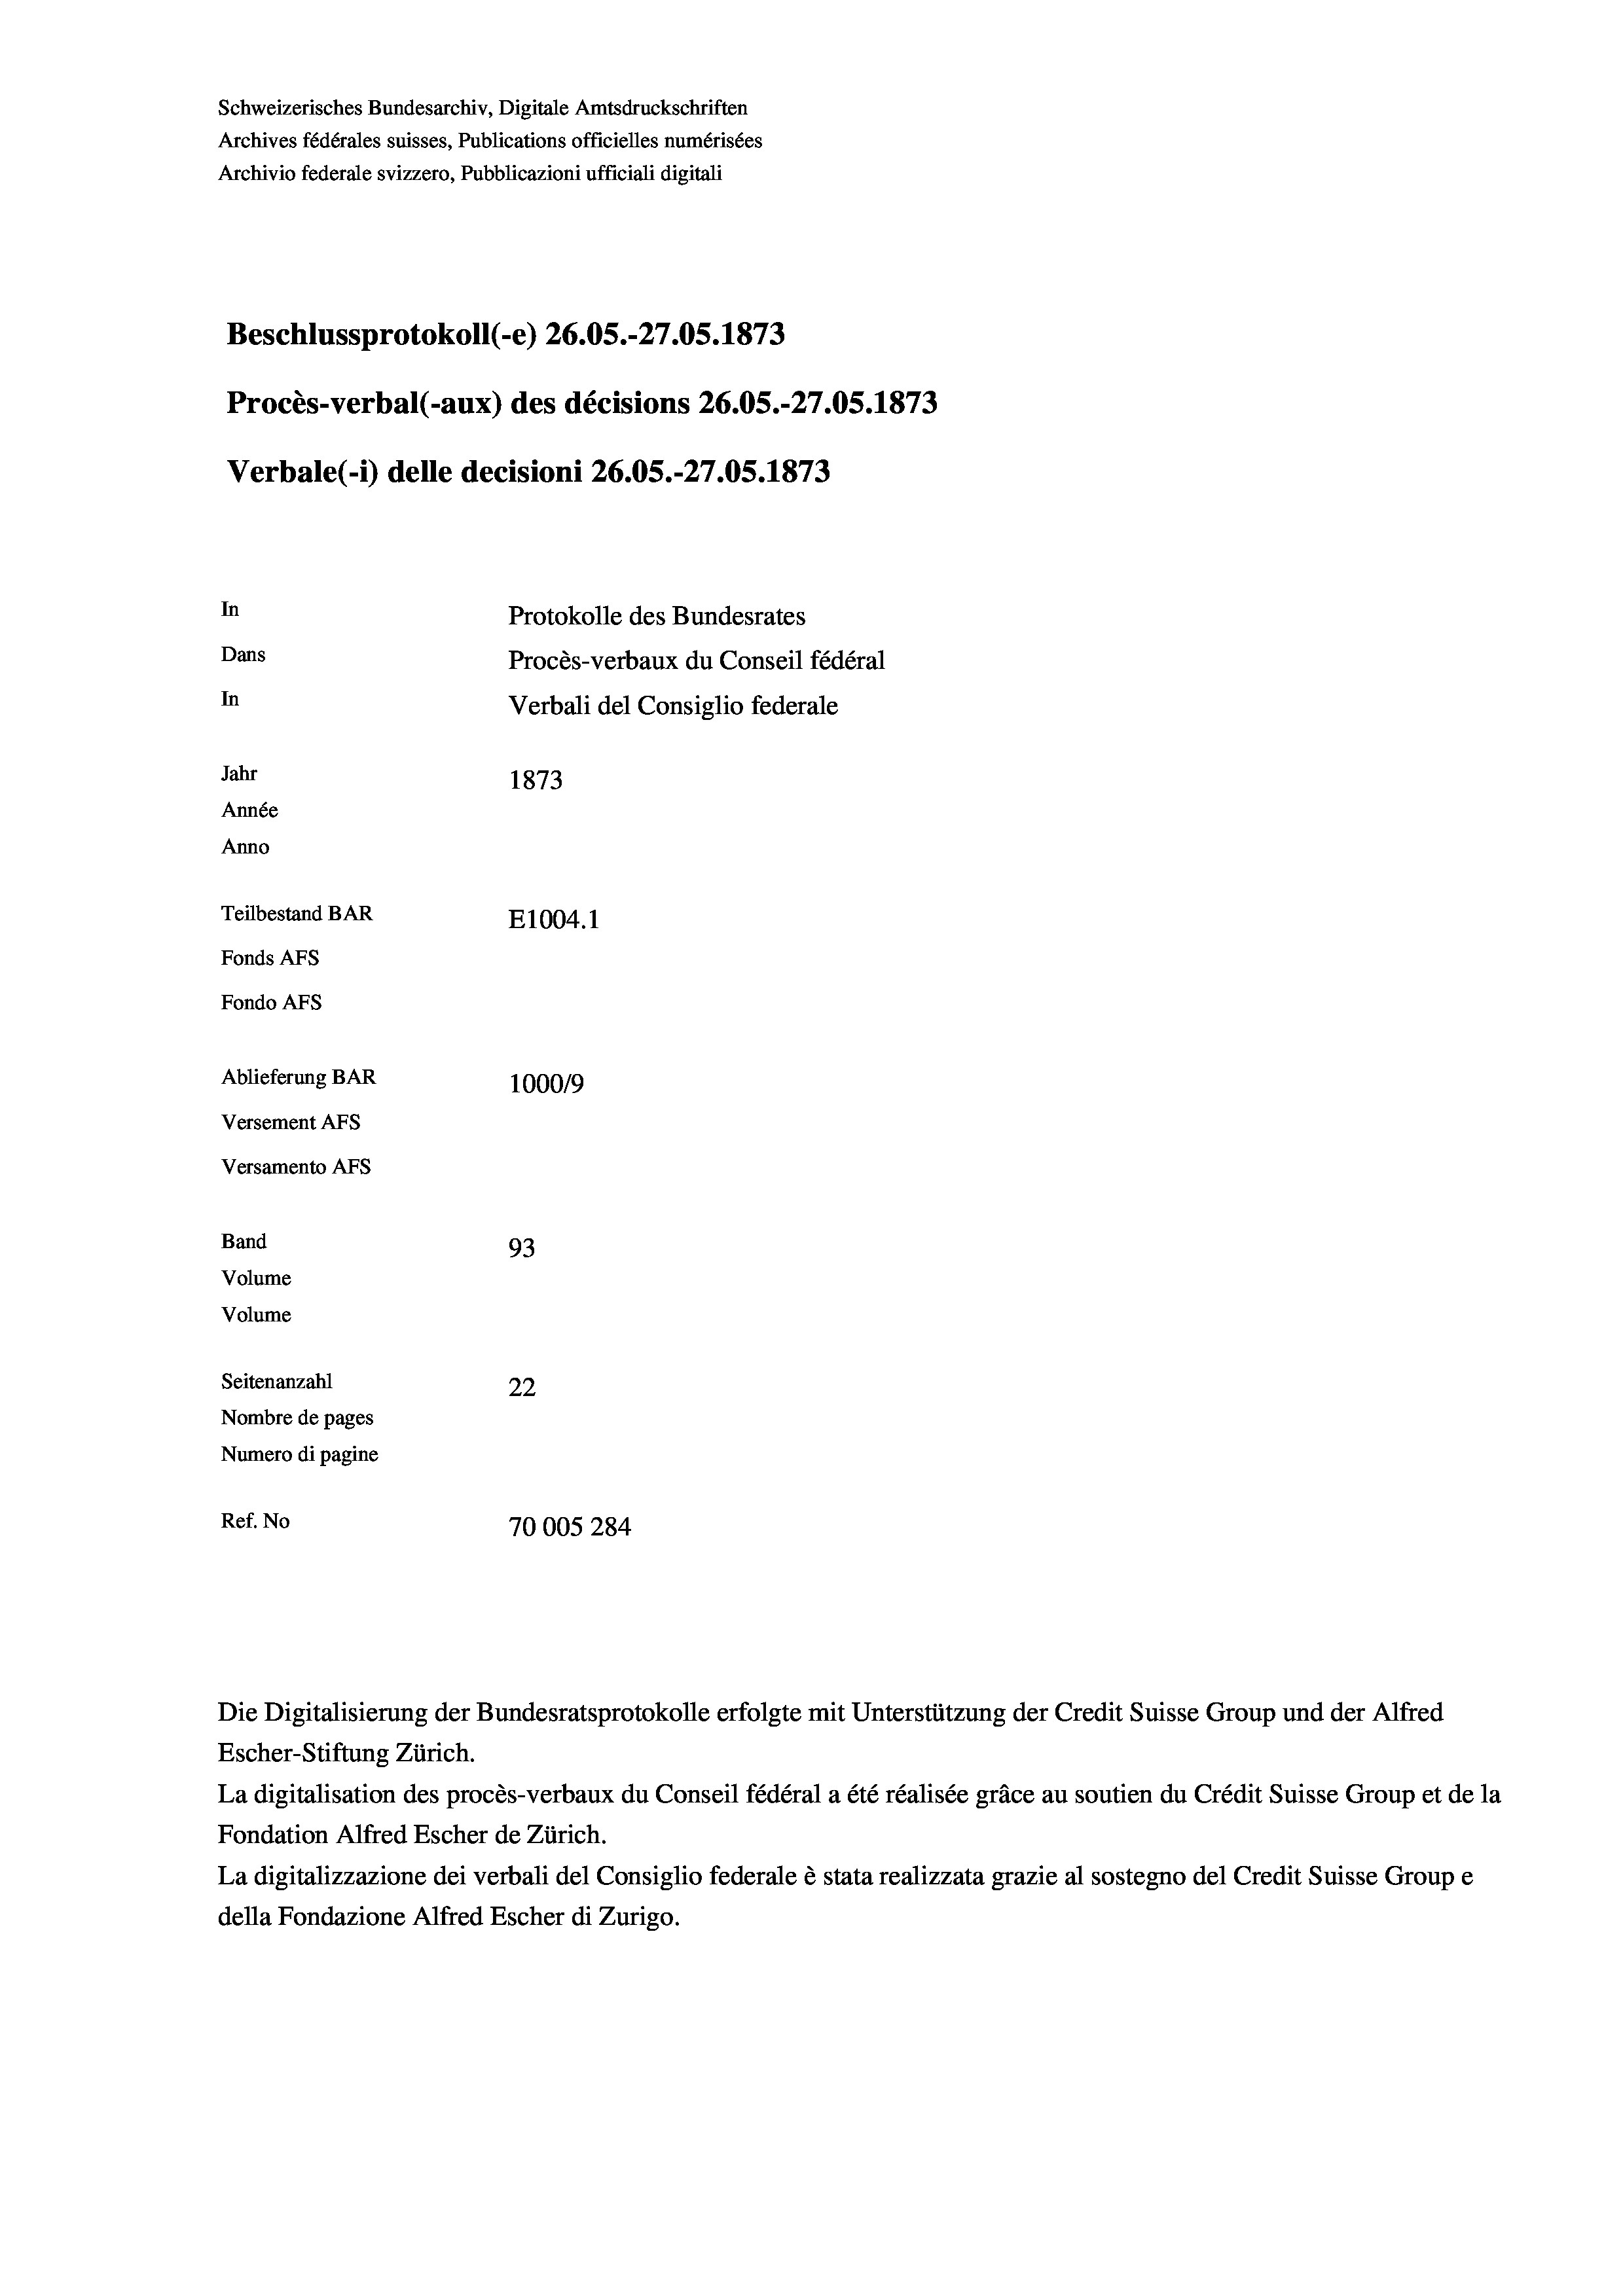
Schweizerisches Bundesarchiv, Digitale Amtsdruckschriften
Archives fédérales suisses, Publications officielles numérisées
Archivio federale svizzero, Pubblicazioni ufficiali digitali
Beschlussprotokoll (-e) 26.05.-27.05. 1873
Procès-verbal (-aux) des décisions 26.05.-27.05. 1873
Verbale (- 1) delle decisioni 26.05.-27.05. 1873
In
Protokolle des Bundesrates
Dans
Procès-verbaux du Conseil fédéral
In
Verbali del Consiglio federale
Jahr
1873
Année
Anno
Teilbestand BAR
E1004.1
Fonds AFs
Fondo AFS
Ablieferung BAR
100019
Versement AFs
Versamento AFs
Band
93
Volume
Volume
Seitenanzahl
22
Nombre de pages
Numero di pagine
Ref. No
70005 284

Escher-Stiftung Zürich.
La digitalisation des procès-verbaux du Conseil fédéral a été réalisée gräce au soutien du Crédit Suisse Group et de la
Fondation Alfred Escher de Zürich.
La digitalizzazione dei verbali del Consiglio federale è stata realizzata grazie al sostegno del Credit Suisse Groupe
della Fondazione Alfred Escher di Zurigo.

Die Digitalisierung der Bundesratsprotokolle erfolgte mit Unterstützung der Credit Suisse Group und der Alfred